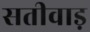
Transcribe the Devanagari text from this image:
सतीवाड़